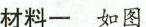
材料一 如图